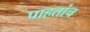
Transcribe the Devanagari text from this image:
पाहतांच